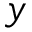
y